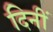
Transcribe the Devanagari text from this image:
दिनीं